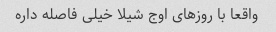
واقعا با روزهای اوج شیلا خیلی فاصله داره